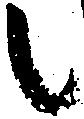
候